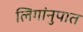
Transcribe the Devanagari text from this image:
लिगांनुपात